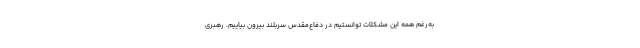
به‌رغم همه این مشکلات توانستیم در دفاع‌مقدس سربلند بیرون بیاییم. رهبری